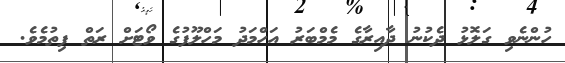
ހުންނެވި ގަލޮޅު ދެކުނު ދާއިރާގެ މެމްބަރު އަހްމަދު މަހްލޫފުގެ ވޯޓަށް ރަތް ފިތުމެވެ.